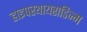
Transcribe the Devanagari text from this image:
हाइपरथायराडिज्म